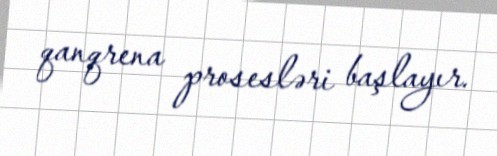
qanqrena prosesləri başlayır.